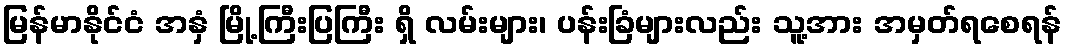
မြန်မာနိုင်ငံ အနှံ မြို့ကြီးပြကြီး ရှိ လမ်းများ၊ ပန်းခြံများလည်း သူ့အား အမှတ်ရစေရန်